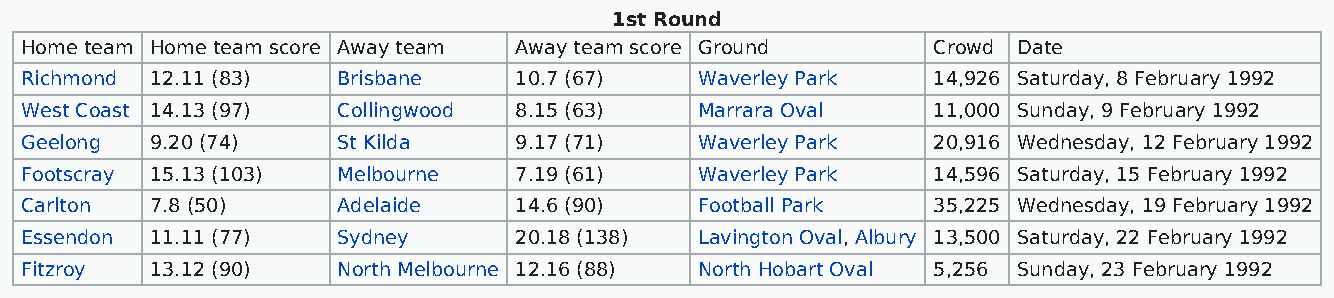
1st Round
 Home team Home team score Away team Away team score Ground   Crowd Date
 Richmond 12.11 (83)  Brisbane    10.7 (67)   Waverley Park   14,926 Saturday, 8 February 1992
 West Coast 14.13 (97) Collingwood 8.15 (63)  Marrara Oval    11,000 Sunday, 9 February 1992
 Geelong  9.20 (74)   St Kilda    9.17 (71)   Waverley Park   20,916 Wednesday, 12 February 1992
 Footscray 15.13 (103) Melbourne  7.19 (61)   Waverley Park   14,596 Saturday, 15 February 1992
 Carlton  7.8 (50)    Adelaide    14.6 (90)   Football Park   35,225 Wednesday, 19 February 1992
 Essendon 11.11 (77)  Sydney      20.18 (138) Lavington Oval, Albury 13,500 Saturday, 22 February 1992
 Fitzroy  13.12 (90)  North Melbourne 12.16 (88) North Hobart Oval 5,256 Sunday, 23 February 1992